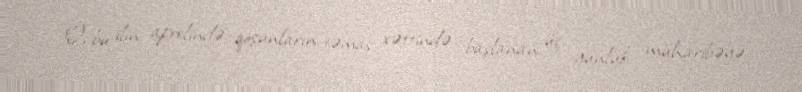
O, bu ilin aprelində qoşunların təmas xəttində başlanan üç günlük müharibəyə